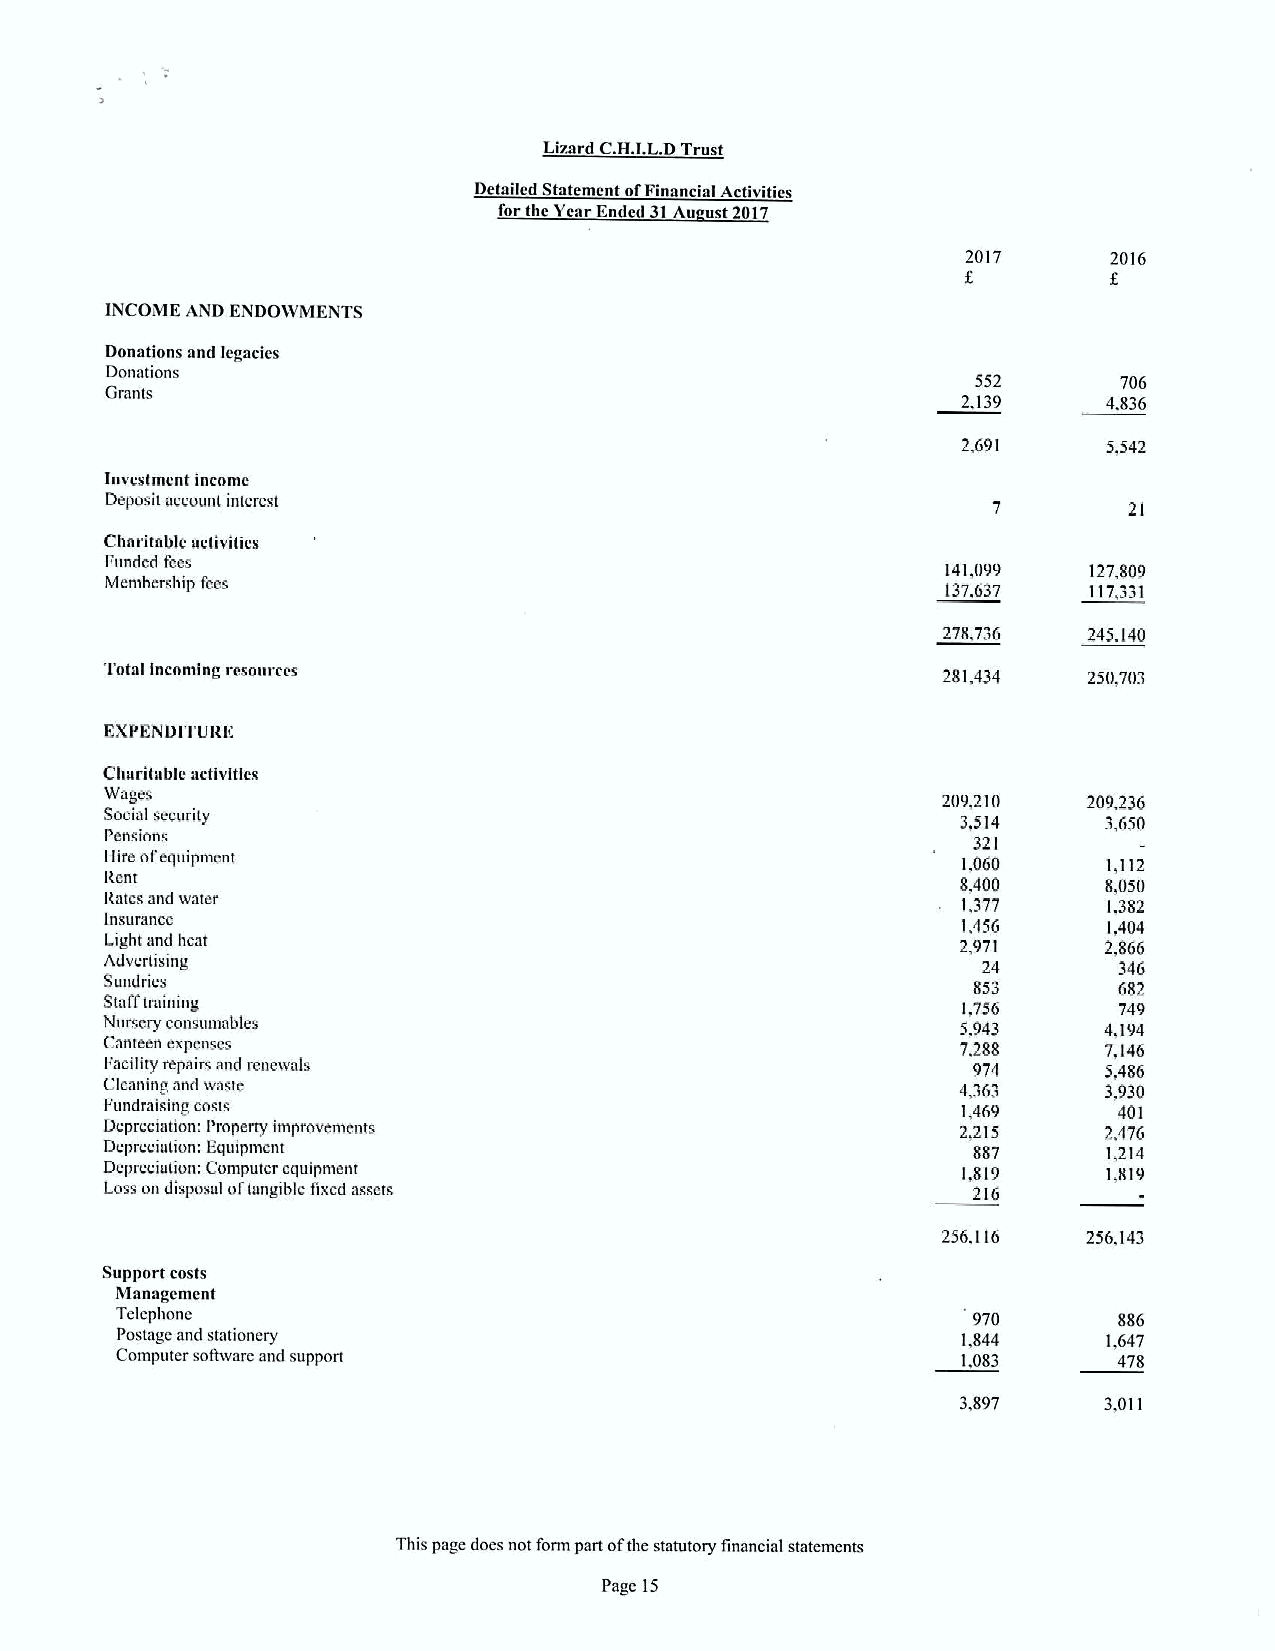
Lisard C.H.I.LDTrust
 Detailed Statement afFinancial Activities
 forthe Year Ended 31Au ust 2017
 2017     2016
 INCOME AND ENDOWMENTS
 Donations and legacies
 Donations
 552      706
 Grants
 2,139    4.836
 2,691    5,542
 Invcstmcnt mcomc
 Deposit account interest
 21
 Charitable activities
 Funded fees                                             141,099  127,809
 Menibership fees                                        137,637  117,331
 278.736   245.140
 Total incoming resoorccs                               281,434   250,703
 EXPENDITURE
 Charitable activities
 Wages                                                  209,210   209,236
 Social security                                          3,514    3,650
 Pensions
 321
 Hire ofequipmcnt                                         1,060    1,112
 Rent
 8,400    8,050
 Rates and ivatcr                                         1,377    1.382
 insurance
 1,456    1,404
 Light and heat                                           2,971    2,866
 Advertismg                                                24       346
 Sundries                                                 853       682
 Stafftraimng
 1,756     749
 Nursery consums bles                                     5,943    4,194
 Canteen expcnscs                                         7,288    7,146
 I'aciIity repairs and renewals                           974      5,486
 Cleaning and ivaste                                      4,363    3,930
 Fnndraising costs                                        1,469     401
 Depreciation: Propeuy improvements                       2,215    2,476
 Depreciation: Kquipmcnt                                  887      1,214
 Depreciation: Computer equipment                         1,819    1,819
 Loss on disposal oftangible fixed assets                 216
 256.116   256,143
 Support casts
 Management
 Telephone                                               970       886
 Postage aud stationery                                  1,844    1,647
 Computer sothvarc and suppon                            1,083     478
 3.897    3,011
 This page does not form part ofthe statutory financial statements
 Page 15